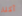
آكلة